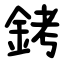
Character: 銬